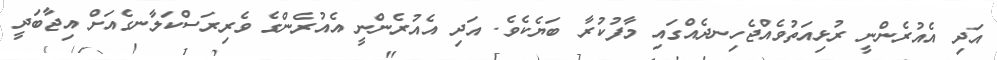
އަދި އެއުރެންނީ ރުޅިއަތުވެއްޖެހިނދެއްގައި މާފުކުރާ ބަޔެކެވެ. އަދި އެއުރެންނީ އެއުރެންގެ ވެރިރަސްކަލާނގެއަށް އިޖާބަދީ